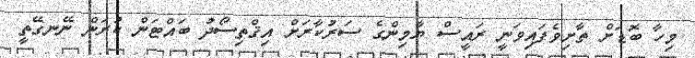
މިހާ ބޮޑަށް ތާށިވެފައިވަނީ ރައީސް ޔާމިންގެ ސަރުކާރަށް އިޤްތިސޯދު ބައްޓަން ކުރަން ނޭނގޭތީ